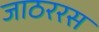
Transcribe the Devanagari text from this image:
जाठररस